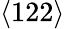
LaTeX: \langle 122\rangle